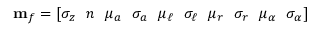
\mathbf { m } _ { f } = [ \sigma _ { z } \ \ n \ \ \mu _ { a } \ \ \sigma _ { a } \ \ \mu _ { \ell } \ \ \sigma _ { \ell } \ \ \mu _ { r } \ \ \sigma _ { r } \ \ \mu _ { \alpha } \ \ \sigma _ { \alpha } ]